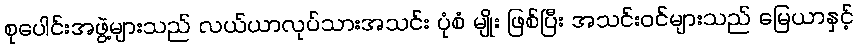
စုပေါင်းအဖွဲ့များသည် လယ်ယာလုပ်သားအသင်း ပုံစံ မျိုး ဖြစ်ပြီး အသင်းဝင်များသည် မြေယာနှင့်